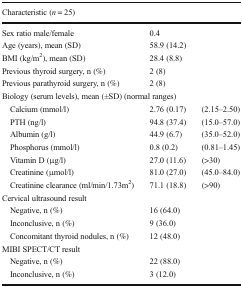
<table><thead><tr><td colspan="3"><b>Characteristic (<i>n</i> = 25)</b></td></tr></thead><tbody><tr><td>Sex ratio male/female</td><td>0.4</td><td></td></tr><tr><td>Age (years), mean (SD)</td><td>58.9 (14.2)</td><td></td></tr><tr><td>BMI (kg/m<sup>2</sup>), mean (SD)</td><td>28.4 (8.8)</td><td></td></tr><tr><td>Previous thyroid surgery, n (%)</td><td>2 (8)</td><td></td></tr><tr><td>Previous parathyroid surgery, n (%)</td><td>2 (8)</td><td></td></tr><tr><td colspan="3">Biology (serum levels), mean (±SD) (normal ranges)</td></tr><tr><td> Calcium (mmol/l)</td><td>2.76 (0.17)</td><td>(2.15–2.50)</td></tr><tr><td> PTH (ng/l)</td><td>94.8 (37.4)</td><td>(15.0–57.0)</td></tr><tr><td> Albumin (g/l)</td><td>44.9 (6.7)</td><td>(35.0–52.0)</td></tr><tr><td> Phosphorus (mmol/l)</td><td>0.8 (0.2)</td><td>(0.81–1.45)</td></tr><tr><td> Vitamin D (μg/l)</td><td>27.0 (11.6)</td><td>(&gt;30)</td></tr><tr><td> Creatinine (μmol/l)</td><td>81.0 (27.0)</td><td>(45.0–84.0)</td></tr><tr><td> Creatinine clearance (ml/min/1.73m<sup>2</sup>)</td><td>71.1 (18.8)</td><td>(&gt;90)</td></tr><tr><td colspan="3">Cervical ultrasound result</td></tr><tr><td> Negative, n (%)</td><td>16 (64.0)</td><td></td></tr><tr><td> Inconclusive, n (%)</td><td>9 (36.0)</td><td></td></tr><tr><td> Concomitant thyroid nodules, n (%)</td><td>12 (48.0)</td><td></td></tr><tr><td colspan="3">MIBI SPECT/CT result</td></tr><tr><td> Negative, n (%)</td><td>22 (88.0)</td><td></td></tr><tr><td> Inconclusive, n (%)</td><td>3 (12.0)</td><td></td></tr></tbody></table>